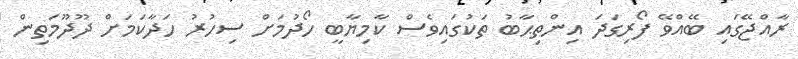
ރާއްޖޭގައި ބޭއްވޭ ފޯރިގަދަ އިންތިޙާބު ތަކުގައިވެސް ކާމިޔާބީ ހޯދުމަށް ސިހުރު ހަދާކަމަށް ދޫދޫމަތިން